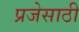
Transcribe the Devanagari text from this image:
प्रजेसाठी